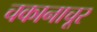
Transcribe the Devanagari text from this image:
चकानाचूर